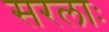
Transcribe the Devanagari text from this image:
सरलाः